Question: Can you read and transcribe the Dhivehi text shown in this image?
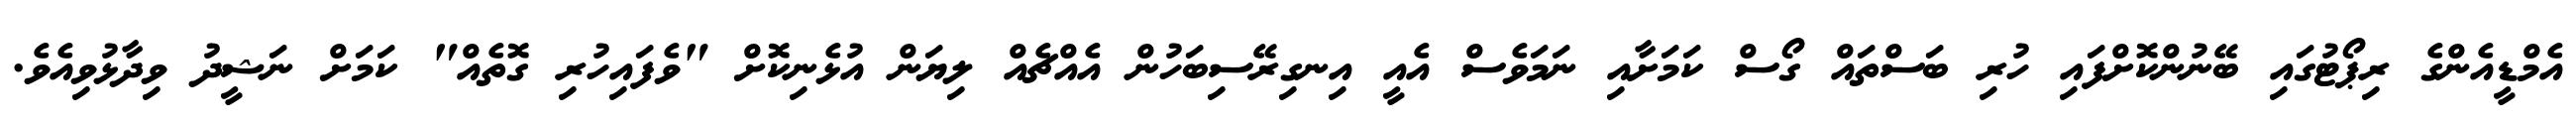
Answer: އެމްޑީއެންގެ ރިޕޯޓުގައި ބޭނުންކޮށްފައި ހުރި ބަސްތައް ގޯސް ކަމަށާއި ނަމަވެސް އެއީ އިނގިރޭސިބަހުން އެއްޗެއް ލިޔަން އުޅެނިކޮށް "ވެފައިހުރި ގޮތެއް" ކަމަށް ނަޝީދު ވިދާޅުވިއެވެ.